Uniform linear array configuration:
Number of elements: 8
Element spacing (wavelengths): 0.25
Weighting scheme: hann
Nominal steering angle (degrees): -15
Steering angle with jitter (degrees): -14.605
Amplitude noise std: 0.05
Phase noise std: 0.05

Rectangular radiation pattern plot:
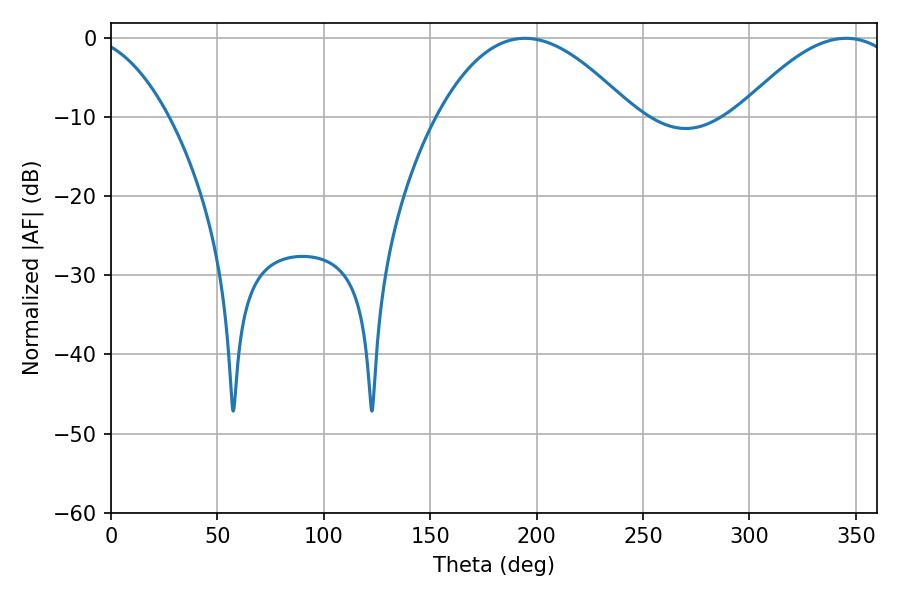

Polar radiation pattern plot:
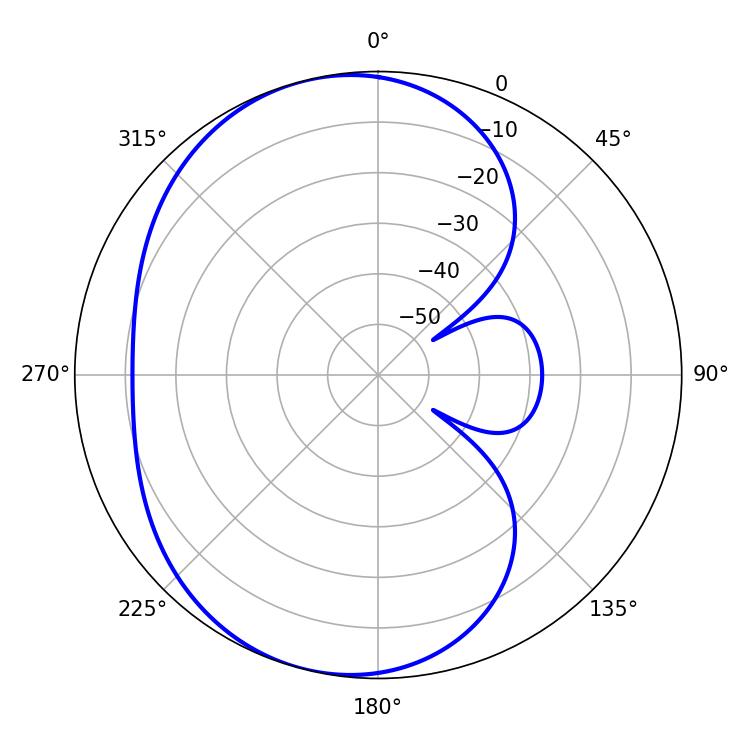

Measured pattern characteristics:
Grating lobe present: FALSE
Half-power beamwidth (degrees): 50.22
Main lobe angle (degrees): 194.58